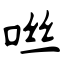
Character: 咝